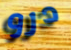
درو